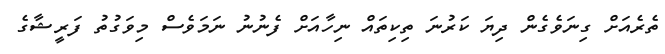
ތެރެއަށް ގިނަވެގެން ދިޔަ ކަރުނަ ތިކިތައް ނިހާއަށް ފެނުނު ނަމަވެސް މިވަގުތު ފަރީޝާގެ